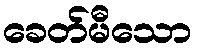
ခေတ်မီသော